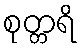
စုတ္တရိ